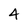
Character: 4